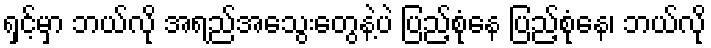
ရှင့်မှာ ဘယ်လို အရည်အသွေးတွေနဲ့ပဲ ပြည့်စုံနေ ပြည့်စုံနေ၊ ဘယ်လို